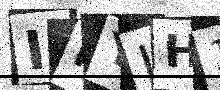
Text: INYJH1